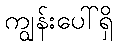
ကျွန်းပေါ်ရှိ